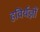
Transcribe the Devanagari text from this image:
हविर्यज्ञों